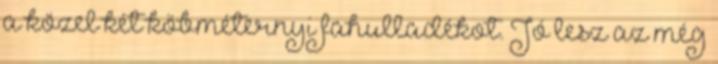
a közel két köbméternyi fahulladékot. Jó lesz az még